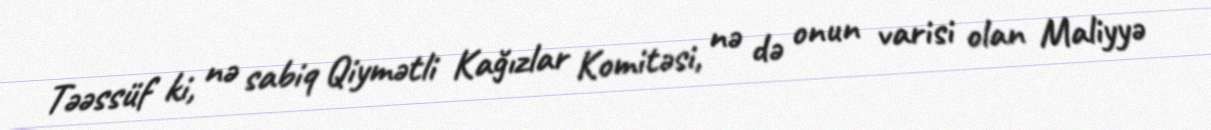
Təəssüf ki, nə sabiq Qiymətli Kağızlar Komitəsi, nə də onun varisi olan Maliyyə